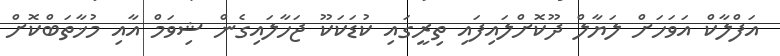
އަފްލާކް އަވަހަށް ލަޔާލް ދޫކޮށްލައިފައި ތިރީގައި ކުޑަކަކޫ ޖަހާލައިގެން ޝިވަމް އާއި މުޚާތަބްކޮށް